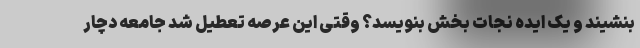
بنشیند و یک ایده نجات بخش بنویسد؟ وقتی این عرصه تعطیل شد جامعه دچار